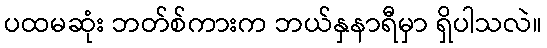
ပထမဆုံး ဘတ်စ်ကားက ဘယ်နှနာရီမှာ ရှိပါသလဲ။